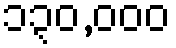
၁၃၀,၀၀၀